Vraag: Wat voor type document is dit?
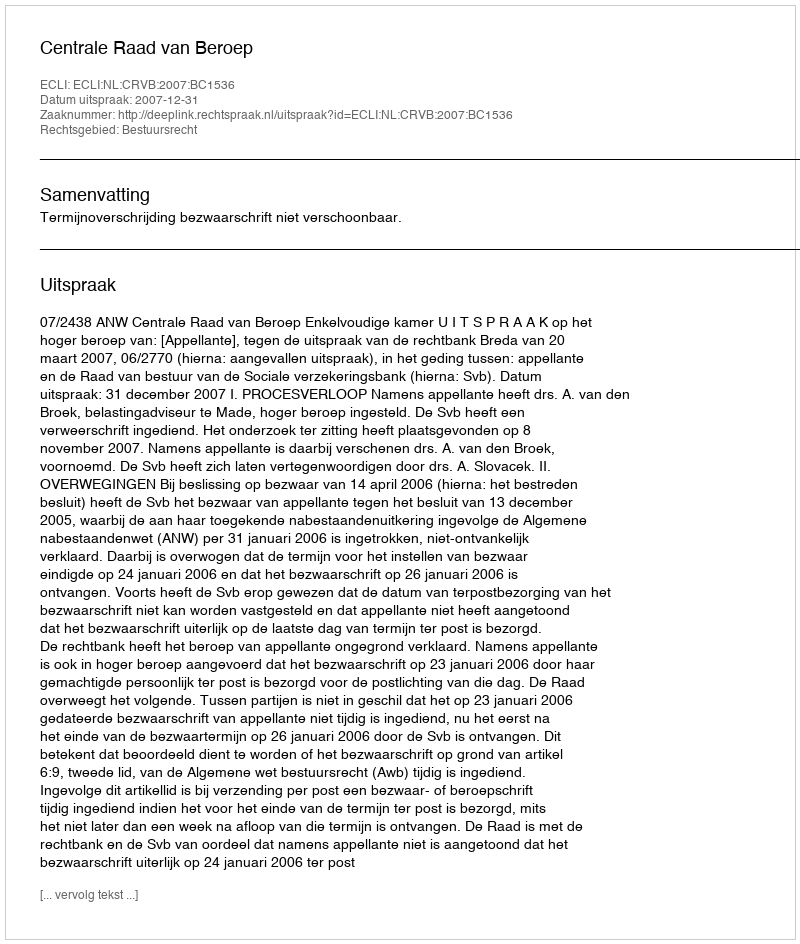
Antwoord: Uitspraak